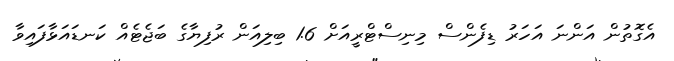
އެގޮތުން އަންނަ އަަހަރު ޑިފެންސް މިނިސްޓްރީއަށް 1.6 ބިލިއަން ރުފިޔާގެ ބަޖެޓެއް ކަނޑައަޅާފައިވާ